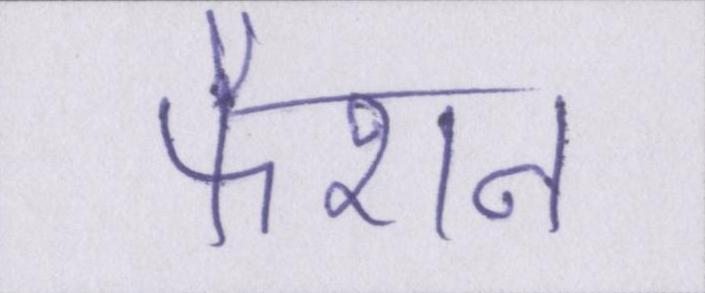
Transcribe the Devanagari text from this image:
फैशन